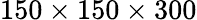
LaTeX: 150\times 150\times 300